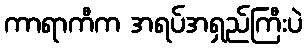
ကာရာကီက အရပ်အရှည်ကြီးပဲ